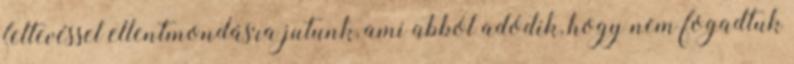
feltevéssel ellentmondásra jutunk, ami abból adódik, hogy nem fogadtuk